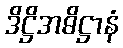
ဒိဋ္ဌိအဓိဋ္ဌာနံ